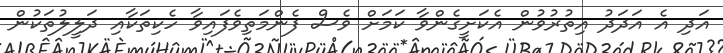
އަދި އެ އަދަދު އިތުރުވުން އެކަށީގެންވާ ކަމަށް ވެސް ފެންމަތިވެފައިވާ ހެކިތަކާއި ދަލީލުތަކުން